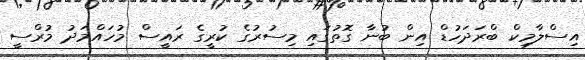
އިސްލާމިކް ބްރަދަހުޑް އިން ބުނާ ގޮތުގައި މިސުރުގެ ކުރީގެ ރައީސް މުހައްމަދު މުރްސީ